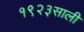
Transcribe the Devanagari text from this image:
१९२३साली